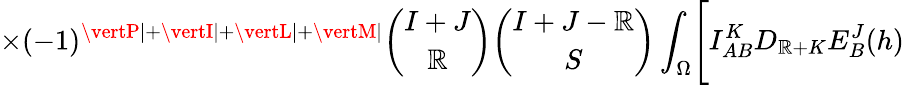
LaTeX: \times(-1)^{\vertP\vert+\vertI\vert+\vertL\vert+\vertM\vert}{\binom{I+J}{\mathbb{R}}}{\binom{I+J-\mathbb{R}}{S}}\int_{\Omega}\Biggl[I_{AB}^{K}D_{\mathbb{R}+K}E_{B}^{J}(h)